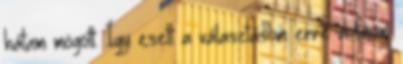
hátam mögött. Így esett a választásom erre a finom